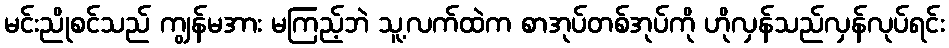
မင်းညိုစင်သည် ကျွန်မအား မကြည့်ဘဲ သူ့လက်ထဲက စာအုပ်တစ်အုပ်ကို ဟိုလှန်သည်လှန်လုပ်ရင်း